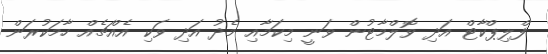
ފްލިޕްކާޓް އަދި ވޮލްމާޓުން ވަނީ މިކަމާއި މެދު އަދި ވަކި އެއްޗެއް ހާމަކުރަން